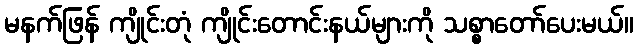
မနက်ဖြန် ကျိုင်းတုံ ကျိုင်းတောင်းနယ်များကို သစ္စာတော်ပေးမယ်။